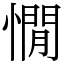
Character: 憪